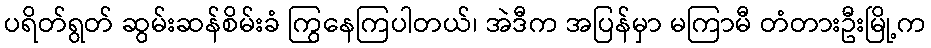
ပရိတ်ရွတ် ဆွမ်းဆန်စိမ်းခံ ကြွနေကြပါတယ်၊ အဲဒီက အပြန်မှာ မကြာမီ တံတားဦးမြို့က